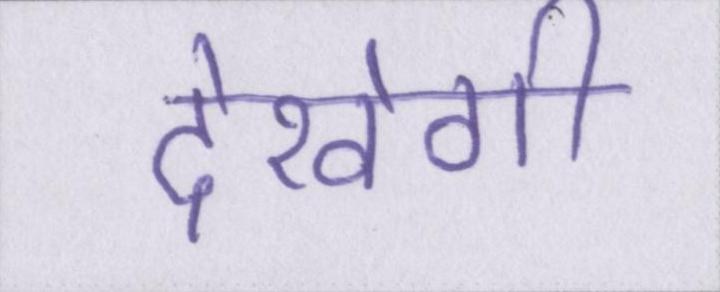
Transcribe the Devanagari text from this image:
देखेगी